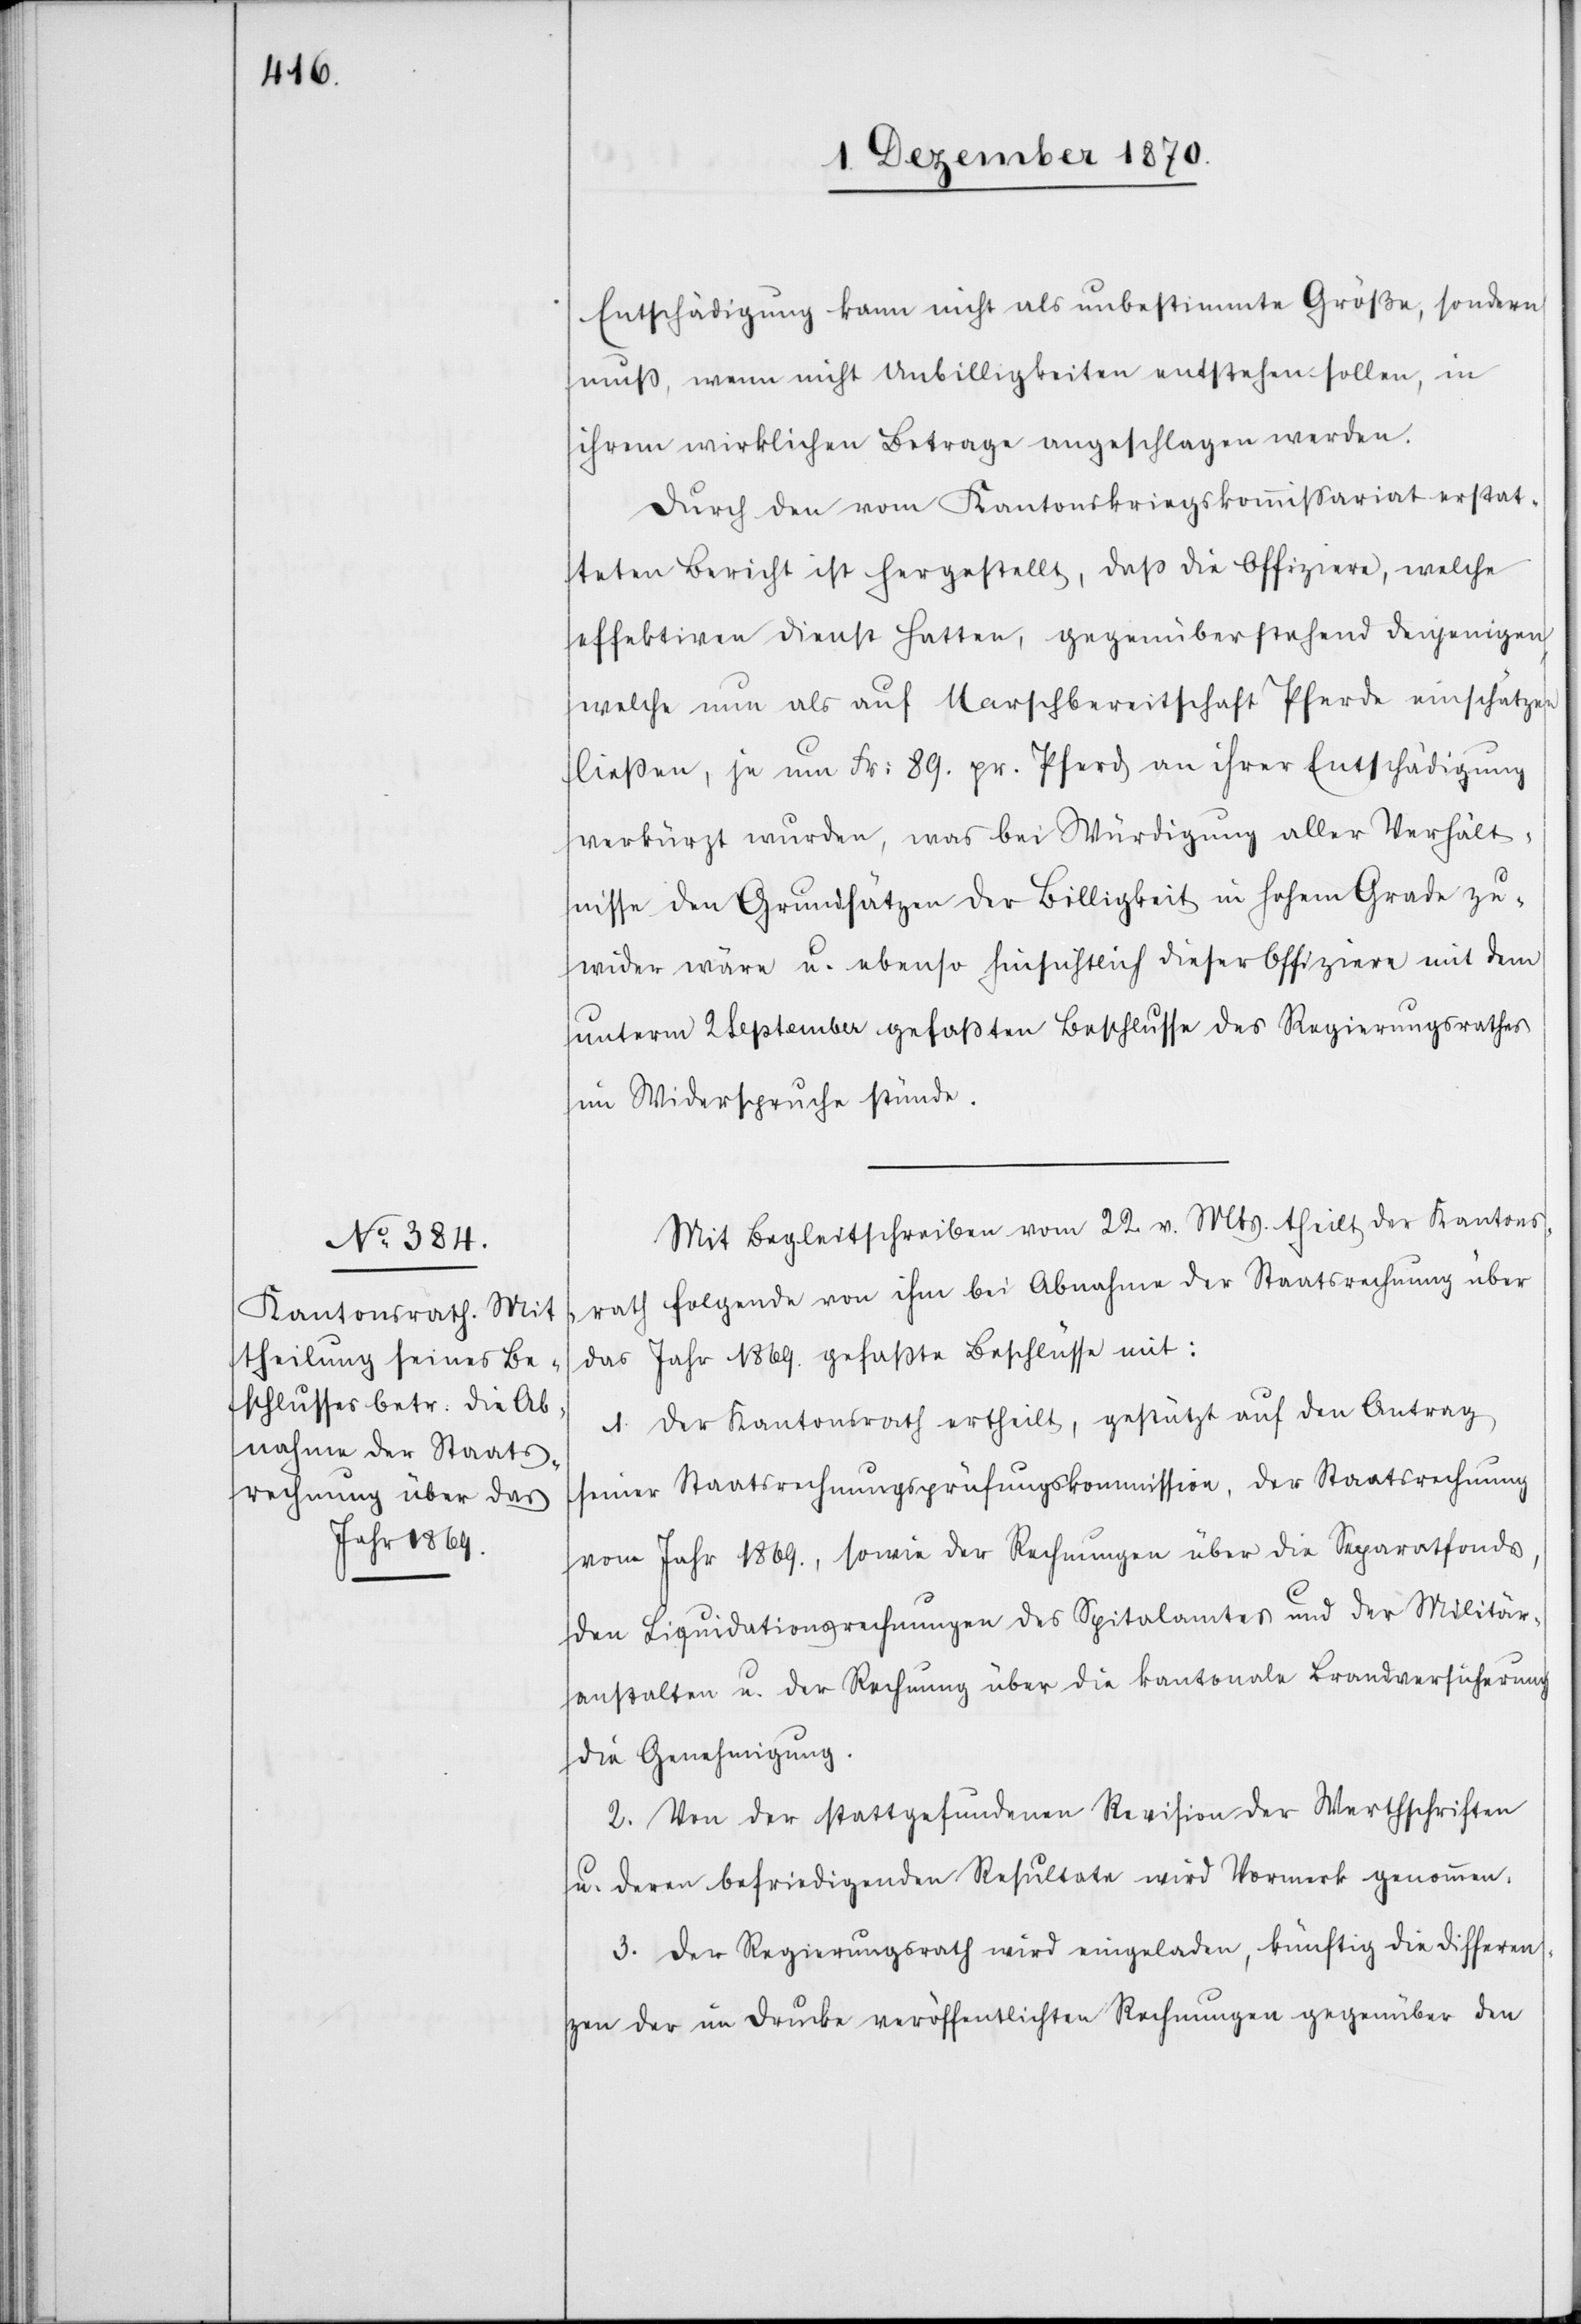
Entschädigung kann nicht als unbestimmte Größe, sondern
muß, wenn nicht Unbilligkeiten entstehen sollen, in
ihrem wirklichen Betrage angeschlagen werden.
Durch den vom Kantonskriegskommißariat erstat¬
teten Bericht ist hergestellt, daß die Offiziere, welche
effektiven Dienst hatten, gegenüberstehend denjenigen,
welche nun als auf Marschbereitschaft Pferde einschätzen
ließen, ja nun Fr: 89. pr. Pferd an ihrer Entschädigung
verkürzt wurden, was bei Würdigung aller Verhält¬
nisse den Grundsätzen der Billigkeit in hohem Grade zu¬
wider wäre u. ebenso hinsichtlich dieser Offiziere mit dem
unterm 2 September gefaßten Beschlusse des Regierungsrathes
im Widerspruche stünde.
Mit Begleitschreiben vom 22. v. Mts. theilt der Kantons¬
rath folgende von ihm bei Abnahme der Staatsrechnung über
das Jahr 1869. gefaßte Beschlüsse mit:
1. Der Kantonsrath ertheilt, gestützt auf den Antrag
seiner Staatsrechnungsprüfungskommission, der Staatsrechnung
vom Jahr 1869., sowie den Rechnungen über die Separatfonds,
den Liquidationsrechnungen des Spitalamtes und der Militär¬
anstalten u. der Rechnung über die kantonale Brandversicherung
die Genehmigung.
2. Von der stattgefundenen Revision der Werthschriften
u. deren befriedigenden Resultate[n] wird Vormerk genommen.
3. Der Regierungsrath wird eingeladen, künftig die Differen¬
zen der im Drucke veröffentlichten Rechnungen gegenüber den